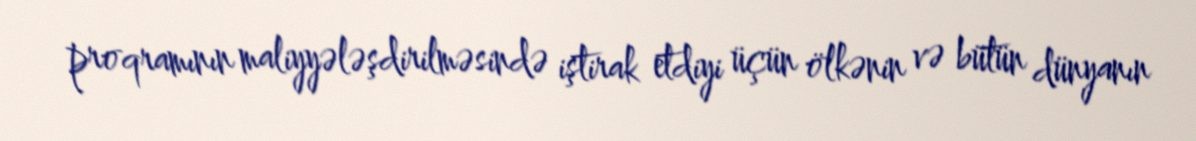
proqramının maliyyələşdirilməsində iştirak etdiyi üçün ölkənin və bütün dünyanın